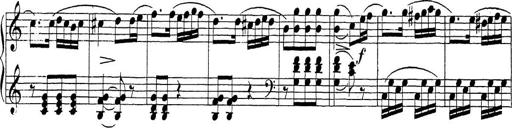
Title: Sonatina Album
Composer: Louis KÃ¶hler